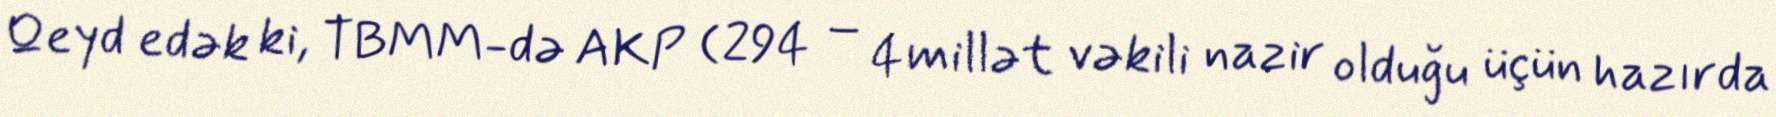
Qeyd edək ki, TBMM-də AKP (294 – 4 millət vəkili nazir olduğu üçün hazırda